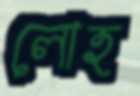
লোহ